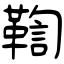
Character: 鞫